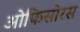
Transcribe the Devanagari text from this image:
ओफिसोरस